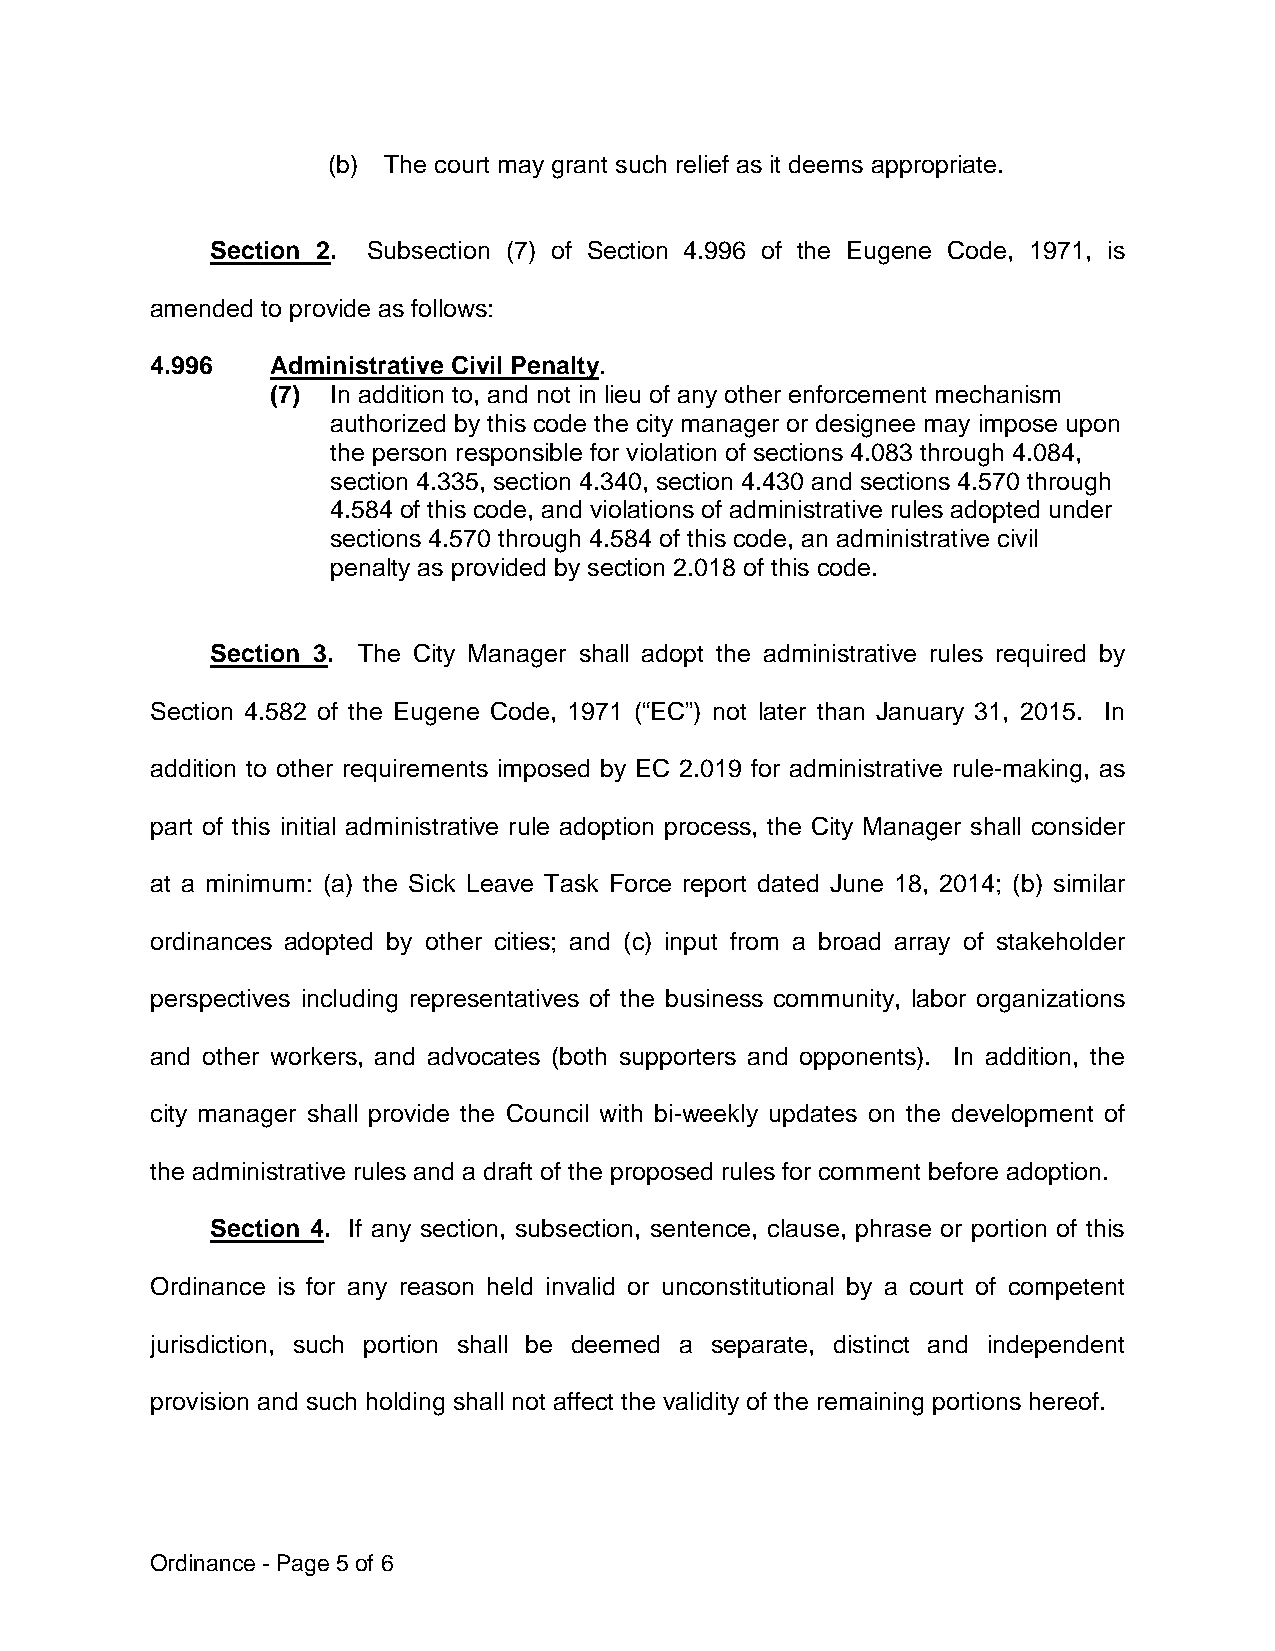
(b) The court may grant such relief as it deems appropriate.
 Section 2. Subsection (7) of Section 4.996 of the Eugene Code, 1971, is
 amended to provide as follows:
 4.996   Administrative Civil Penalty.
 (7) In addition to, and not in lieu of any other enforcement mechanism
 authorized by this code the city manager or designee may impose upon
 the person responsible for violation of sections 4.083 through 4.084,
 section 4.335, section 4.340, section 4.430 and sections 4.570 through
 4.584 of this code, and violations of administrative rules adopted under
 sections 4.570 through 4.584 of this code, an administrative civil
 penalty as provided by section 2.018 of this code.
 Section 3. The City Manager shall adopt the administrative rules required by
 Section 4.582 of the Eugene Code, 1971 (“EC”) not later than January 31, 2015. In
 addition to other requirements imposed by EC 2.019 for administrative rule-making, as
 part of this initial administrative rule adoption process, the City Manager shall consider
 at a minimum: (a) the Sick Leave Task Force report dated June 18, 2014; (b) similar
 ordinances adopted by other cities; and (c) input from a broad array of stakeholder
 perspectives including representatives of the business community, labor organizations
 and other workers, and advocates (both supporters and opponents). In addition, the
 city manager shall provide the Council with bi-weekly updates on the development of
 the administrative rules and a draft of the proposed rules for comment before adoption.
 Section 4. If any section, subsection, sentence, clause, phrase or portion of this
 Ordinance is for any reason held invalid or unconstitutional by a court of competent
 jurisdiction, such portion shall be deemed a separate, distinct and independent
 provision and such holding shall not affect the validity of the remaining portions hereof.
 Ordinance - Page 5 of 6